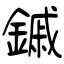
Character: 鏚